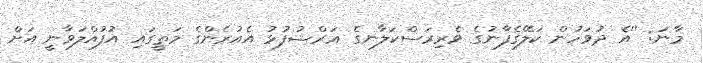
މާނަ: ''އެ ދުވަހުން ކަލޭގެފާނުގެ ވެރިރަސްކަލާނގެ ޢަރްޝުފުޅު އެއުރެންގެ މަތީގައި އުފުއްލަވާނީ އަށް